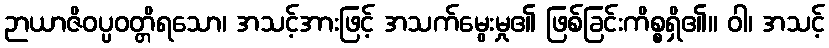
ဉာယာဇိဝပ္ပဝတ္တိရသော၊ အသင့်အားဖြင့် အသက်မွေးမှု၏ ဖြစ်ခြင်းကိစ္စရှိ၏။ ဝါ၊ အသင့်